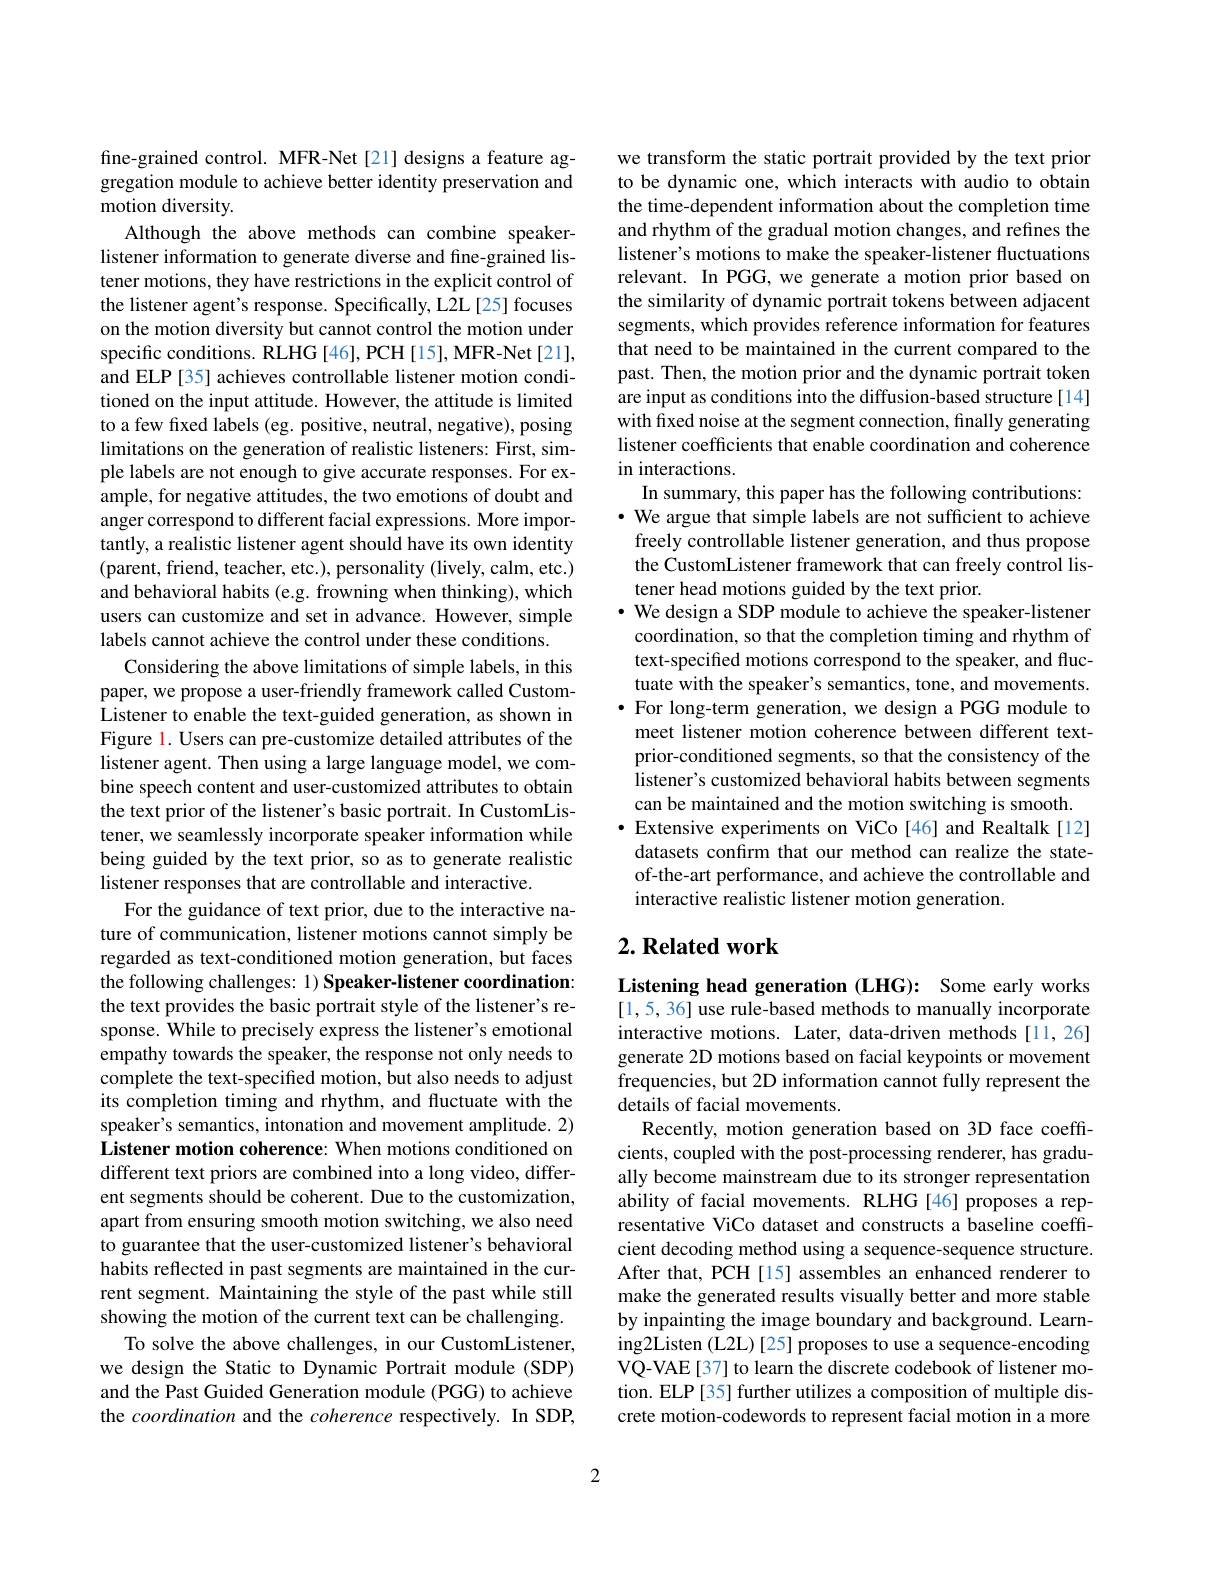
fine-grained control. MFR-Net[21] designs a feature aggregation module to achieve better identity preservation and motion diversity.
Although the above methods can combine speakerlistener information to generate diverse and fine-grained listener motions, they have restrictions in the explicit control of the listener agent's response. Specifically, L2L[25] focuses on the motion diversity but cannot control the motion under specific conditions. RLHG[46], PCH[15], MFR-Net[21], and ELP [35] achieves controllable listener motion conditioned on the input attitude. However, the attitude is limited to a few frxed labels (eg. positive, neutral, negative), posing limitations on the generation of realistic listeners: First, simple labels are not enough to give accurate responses. For example, for negative attitudes, the two emotions of doubt and anger correspond to different facial expressions. More importantly, a realistic listener agent should have its own identity (parent, friend, teacher, etc.), personality (lively, calm, etc.) and behavioral habits (e.g. frowning when thinking), which users can customize and set in advance. However, simple labels cannot achieve the control under these conditions.
Considering the above limitations of simple labels, in this paper, we propose a user-friendly framework called CustomListener to enable the text-guided generation, as shown in Figure 1. Users can pre-customize detailed attributes of the listener agent. Then using a large language model, we combine speech content and user-customized attributes to obtain the text prior of the listener's basic portrait. In CustomListener, we seamlessly incorporate speaker information while being guided by the text prior, so as to generate realistic listener responses that are controllable and interactive.
For the guidance of text prior, due to the interactive nature of communication, listener motions cannot simply be regarded as text-conditioned motion generation, but faces the following challenges: 1) Speaker-listener coordination: the text provides the basic portrait style of the listener's response. While to precisely express the listener's emotional empathy towards the speaker, the response not only needs to complete the text-specified motion, but also needs to adjust its completion timing and rhythm, and fluctuate with the speaker's semantics, intonation and movement amplitude. 2) Listener motion coherence: When motions conditioned on different text priors are combined into a long video, different segments should be coherent. Due to the customization, apart from ensuring smooth motion switching, we also need to guarantee that the user-customized listener's behavioral habits reflected in past segments are maintained in the current segment. Maintaining the style of the past while still showing the motion of the current text can be challenging.
To solve the above challenges, in our CustomListener, we design the Static to Dynamic Portrait module (SDP) and the Past Guided Generation module (PGG) to achieve the coordination and the coherence respectively. In SDP,

we transform the static portrait provided by the text prior to be dynamic one, which interacts with audio to obtain the time-dependent information about the completion time and rhythm of the gradual motion changes, and refines the listener's motions to make the speaker-listener fluctuations relevant. In PGG, we generate a motion prior based on the similarity of dynamic portrait tokens between adjacent segments, which provides reference information for features that need to be maintained in the current compared to the past. Then, the motion prior and the dynamic portrait token are input as conditions into the diffusion-based structure[14] with frxed noise at the segment connection, finally generating listener coefficients that enable coordination and coherence in interactions
In summary, this paper has the following contributions: · We argue that simple labels are not sufficient to achieve freely controllable listener generation, and thus propose the CustomListener framework that can freely control listener head motions guided by the text prior.
· We design a SDP module to achieve the speaker-listener
coordination, so that the completion timing and rhythm of text-specified motions correspond to the speaker, and fluctuate with the speaker's semantics, tone, and movements. $\bullet$ For long-term generation, we design a PGG module to meet listener motion coherence between different textprior-conditioned segments, so that the consistency of the listener's customized behavioral habits between segments can be maintained and the motion switching is smooth. $\bullet$ Extensive experiments on ViCo[46] and Realtalk[12]
datasets confirm that our method can realize the stateof-the-art performance, and achieve the controllable and interactive realistic listener motion generation.

## $2. \textbf{ Related work}$

Listening head generation (LHG): Some early works [1,5, 36] use rule-based methods to manually incorporate interactive motions. Later, data-driven methods [11,26] generate 2D motions based on facial keypoints or movement frequencies, but 2D information cannot fully represent the details of facial movements.
Recently, motion generation based on 3D face coeffcients, coupled with the post-processing renderer, has gradually become mainstream due to its stronger representation ability of facial movements. RLHG[46] proposes a representative ViCo dataset and constructs a baseline coeffcient decoding method using a sequence-sequence structure. After that, PCH [15] assembles an enhanced renderer to make the generated results visually better and more stable by inpainting the image boundary and background. Learning2Listen (L2L) [25] proposes to use a sequence-encoding VQ-VAE[37] to learn the discrete codebook of listener motion. ELP[35] further utilizes a composition of multiple discrete motion-codewords to represent facial motion in a more

2